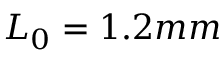
L _ { 0 } = 1 . 2 m m